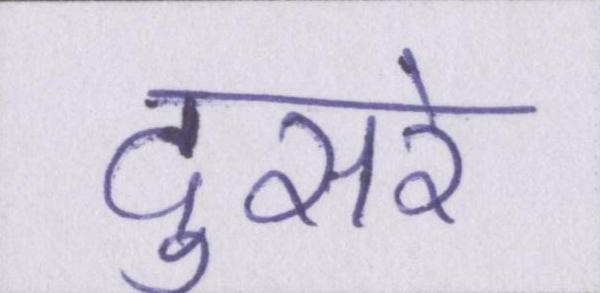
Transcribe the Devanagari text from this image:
दुसरे